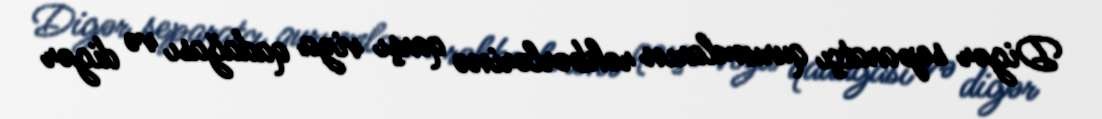
Digər separatçı qurumların rəhbərlərinə qarşı viza qadağası və digər